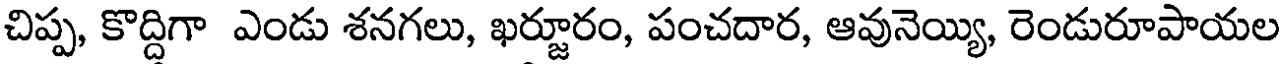
చిప్ప, కొద్దిగా ఎండు శనగలు, ఖర్జూరం, పంచదార, ఆవునెయ్యి, రెండురూపాయల